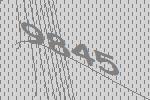
9845